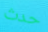
حدث